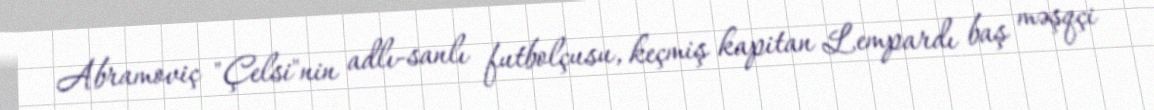
Abramoviç "Çelsi"nin adlı-sanlı futbolçusu, keçmiş kapitan Lempardı baş məşqçi